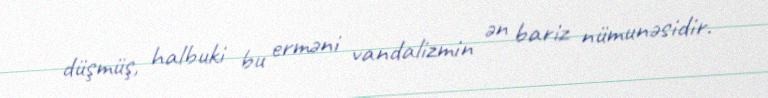
düşmüş, halbuki bu erməni vandalizmin ən bariz nümunəsidir.